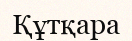
Құтқара